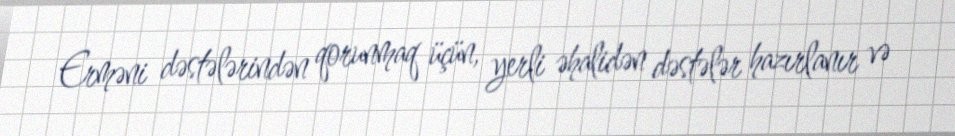
Erməni dəstələrindən qorunmaq üçün, yerli əhalidən dəstələr hazırlanır və